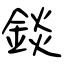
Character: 錟